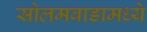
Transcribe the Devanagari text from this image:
सोलमवाडामध्ये